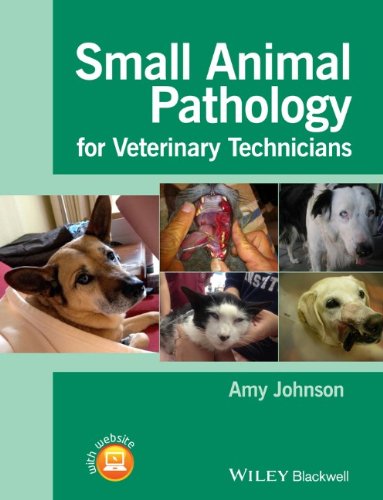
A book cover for Small Animal Pathology for Veterinary Technicians; Amy Johnson; Medical Books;